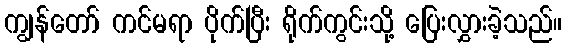
ကျွန်တော် ကင်မရာ ပိုက်ပြီး ရိုက်ကွင်းသို့ ပြေးလွှားခဲ့သည်။